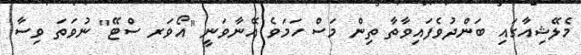
މެލޭޝިއާގައި ބަންދުވެފައިވާތާ ތިން މަސް ހަމަވެ އޭނާވަނީ "އޯވަރ ސްޓޭ" ނުވަތަ ވިސާ